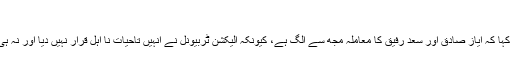
(خبر جاری ہے)
بدھ کو نجی ٹی وی سے گفتگو کرتے ہوئے صدیق خان بلوچ نے کہا کہ ایاز صادق اور سعد رفیق کا معاملہ مجھ سے الگ ہے، کیونکہ الیکشن ٹربیونل نے انہیں تاحیات نا اہل قرار نہیں دیا اور نہ ہی ان کی ڈگریاں جعلی ہیں جبکہ مجھے تاحیات نا اہل قرار دیا گیا۔